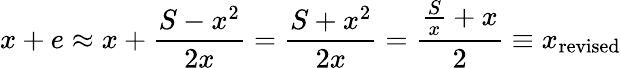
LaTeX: x+e\approx x+{\frac{S-x^{2}}{2x}}={\frac{S+x^{2}}{2x}}={\frac{{\frac{S}{x}}+x}{2}}\equiv x_{\mathrm{revised}}